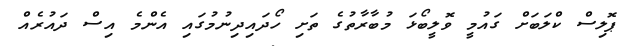
ޕޮލިސް ކްލަބަށް ގައުމީ ވޮލީބޯޅަ މުބާރާތުގެ ތަށި ހޯދައިދިނުމުގައި އެންމެ އިސް ދައުރެއް